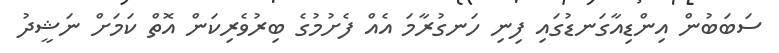
ސަބަބުން އިންޑިއާގަނޑުގައި ފިނި ހަނގުރާމަ އެއް ފެށުމުގެ ބިރުވެރިކަން އޮތް ކަމަށް ނަޝީދު